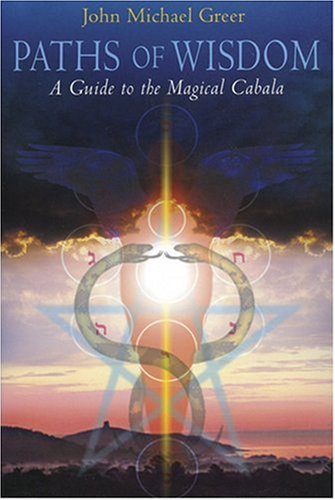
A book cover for Paths of Wisdom; John Michael Greer; Religion & Spirituality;